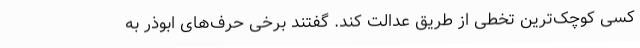
کسی کوچک‌ترین تخطی از طریق عدالت کند. گفتند برخی حرف‌های ابوذر به